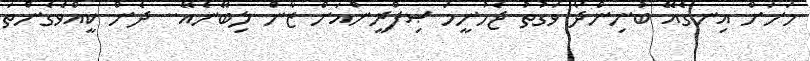
މަށަށް އިނގެއޭ ބުނިންދޯ ވަގުތު ޖެހުނީމަ ޞިފްރީންއަށް ޒާން ލިބޭނެއޭ.. ދެން ކީއްވެގެންތަ